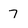
Character: 7